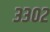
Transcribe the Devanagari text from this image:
३३०२